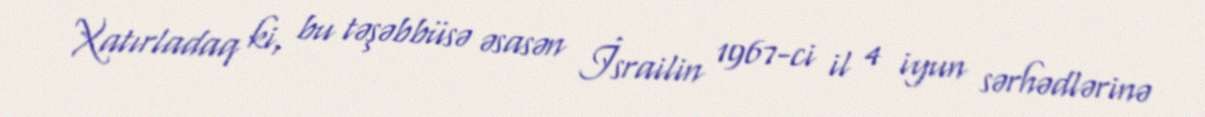
Xatırladaq ki, bu təşəbbüsə əsasən İsrailin 1967-ci il 4 iyun sərhədlərinə